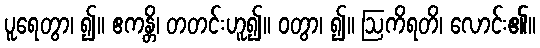
ပူရေတွာ၊ ၍။ ဧကန္တိ၊ တတင်းဟူ၍။ ဝတွာ၊ ၍။ ဩကိရတိ၊ လောင်း၏။